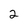
Character: 2